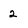
Character: 2